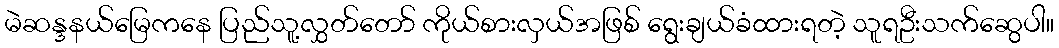
မဲဆန္ဒနယ်မြေကနေ ပြည်သူ့လွှတ်တော် ကိုယ်စားလှယ်အဖြစ် ရွေးချယ်ခံထားရတဲ့ သူရဦးသက်ဆွေပါ။